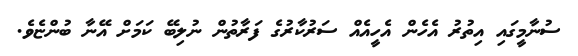
ސުނާމީގައި އިތުރު އެހެން އެހީއެއް ސަރުކާރުގެ ފަރާތުން ނުލިބޭ ކަމަށް އޭނާ ބުންޏެވެ.